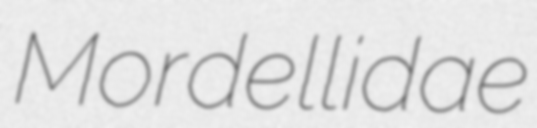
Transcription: Mordellidae